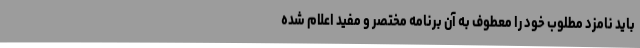
باید نامزد مطلوب خود را معطوف به آن برنامه مختصر و مفید اعلام شده